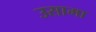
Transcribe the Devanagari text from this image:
उसामा